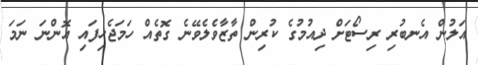
އަލުން އެނބުރި ރިސޯޓަށް ދިއުމުގެ ކުރިން ތާޒާވެލެވޭނެ ގޮތެއް ހަމަޖެހިފައި އޮންނަ ނަމަ